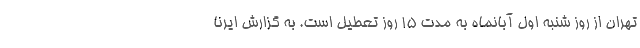
تهران از روز شنبه اول آبانماه به مدت ۱۵ روز تعطیل است. به گزارش ایرنا